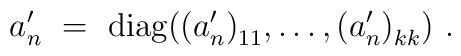
a'_n\ =\ {\rm diag}\big((a'_n)_{11}^{},\ldots,(a'_n)_{kk}^{}\big)\ .